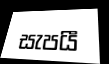
සැපයී